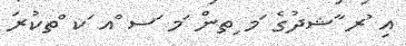
އި ުރ ާޝދުގެ ަމ ިތން ަމ ަސ ްއ ަކ ްތކުރަ